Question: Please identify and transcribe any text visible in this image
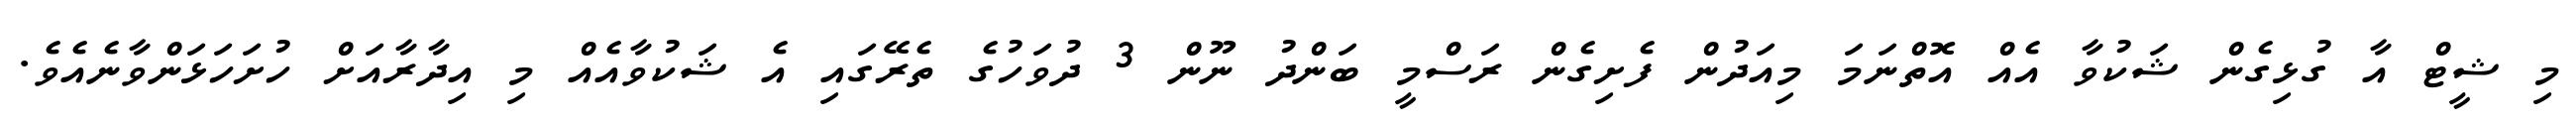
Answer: މި ޝީޓް އާ ގުޅިގެން ޝަކުވާ އެއް އޮތްނަމަ މިއަދުން ފެށިގެން ރަސްމީ ބަންދު ނޫން 3 ދުވަހުގެ ތެރޭގައި އެ ޝަކުވާއެއް މި އިދާރާއަށް ހުށަހަޅަންވާނެއެވެ.